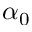
\alpha _ { 0 }